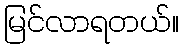
မြင်လာရတယ်။